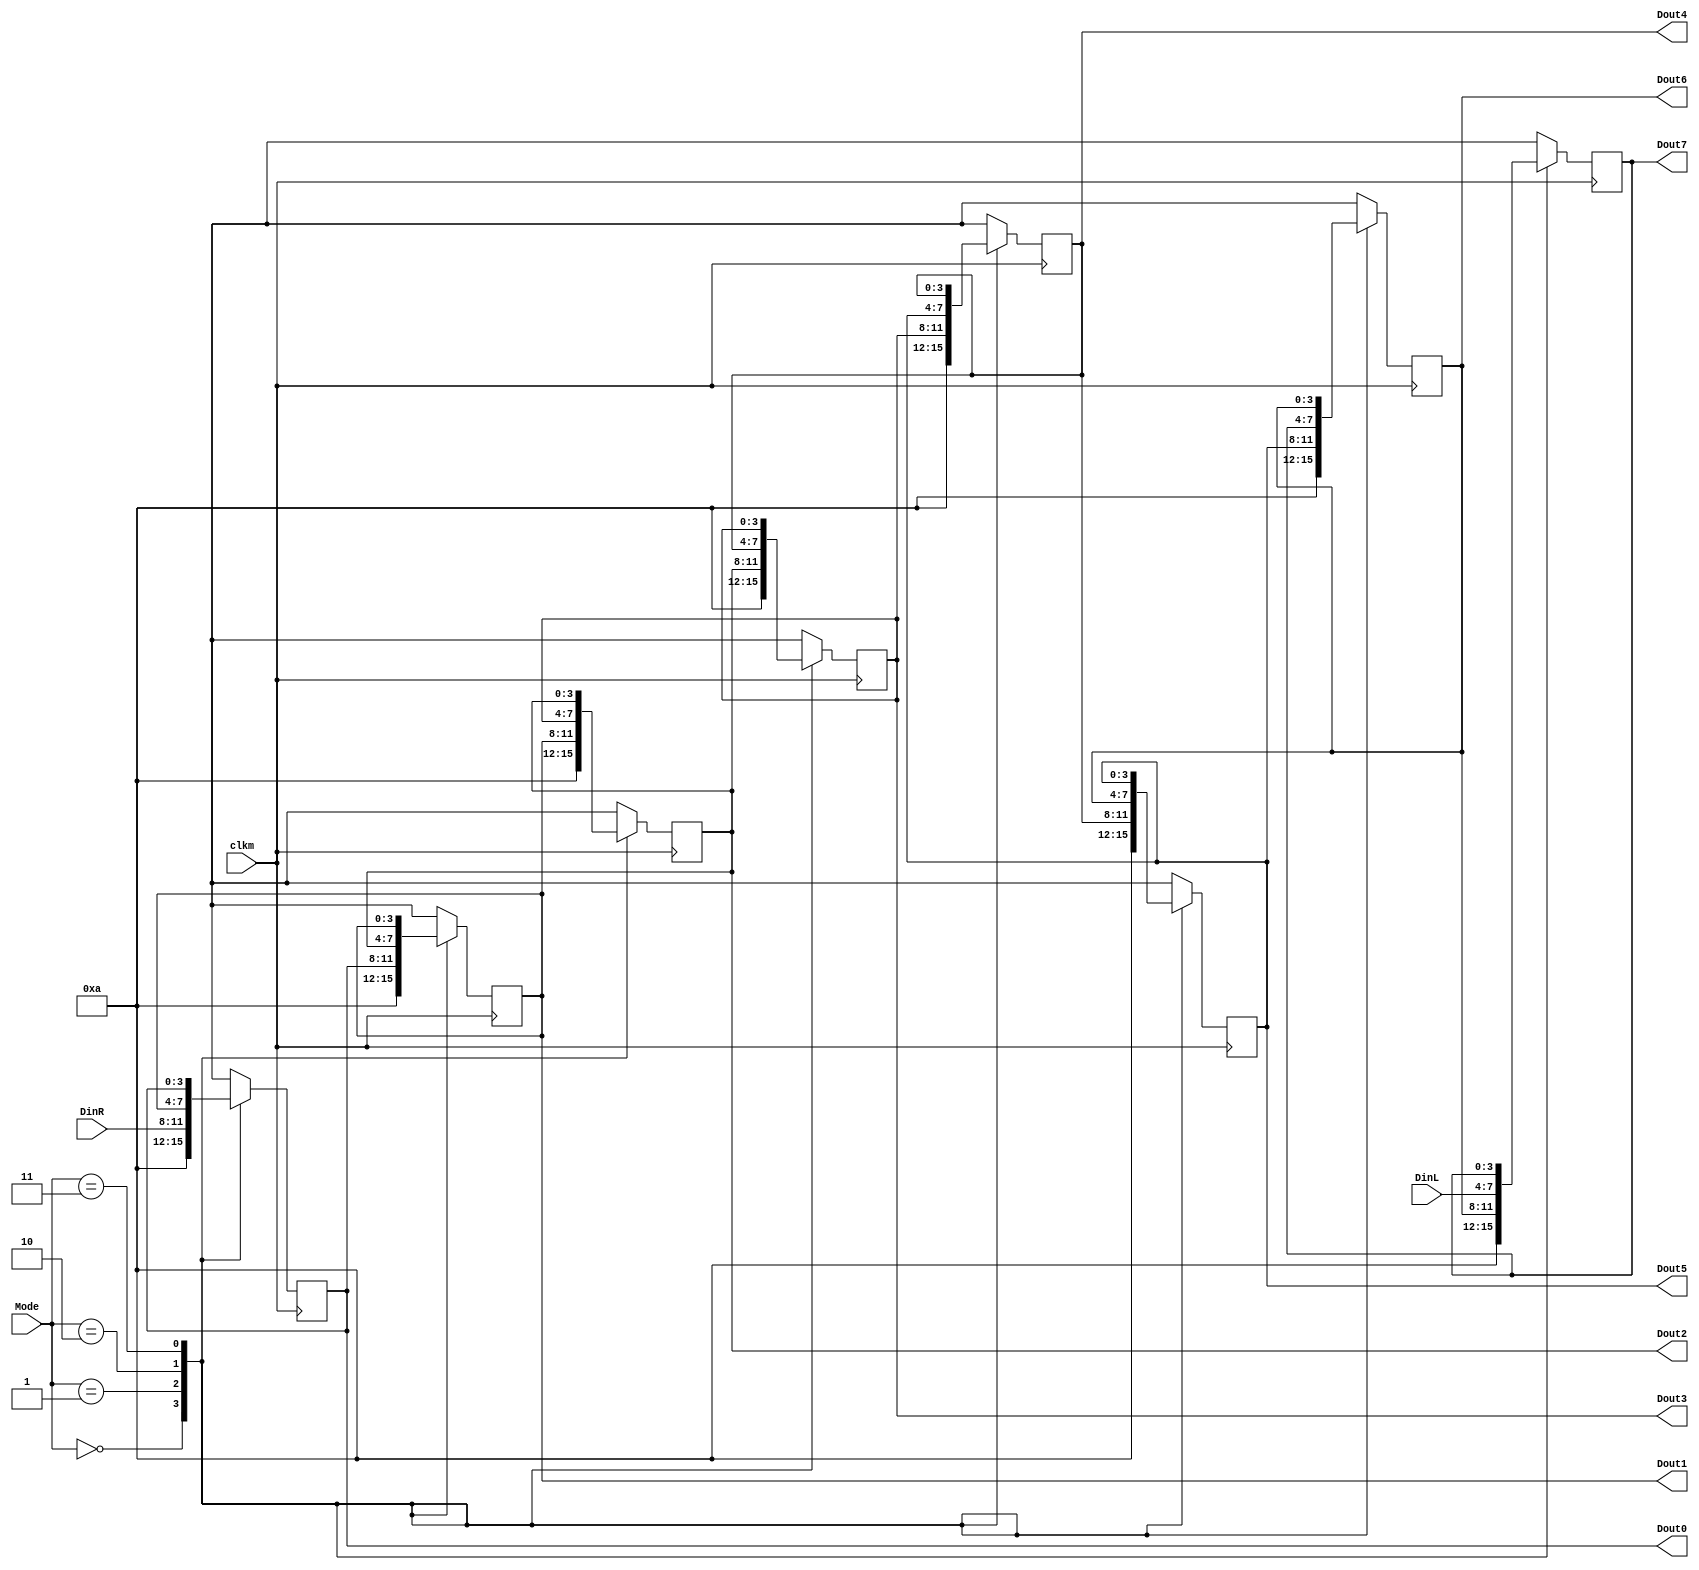
module move_reg(clkm,DinR,DinL,Mode,Dout0,Dout1,Dout2,Dout3,Dout4,Dout5,Dout6,Dout7);
	input clkm;
	input [1:0]Mode;
	input [3:0]DinL,DinR;
	output reg[3:0]Dout0,Dout1,Dout2,Dout3,Dout4,Dout5,Dout6,Dout7;
	always @ (posedge clkm)begin
		case(Mode)
			2'b00:begin
				Dout0 <= 4'd10;
				Dout1 <= 4'd10;
				Dout2 <= 4'd10;
				Dout3 <= 4'd10;
				Dout4 <= 4'd10;
				Dout5 <= 4'd10;
				Dout6 <= 4'd10;
				Dout7 <= 4'd10;
			end
			2'b01:begin
				Dout0 <= DinR;
				Dout1 <= Dout0;
				Dout2 <= Dout1;
				Dout3 <= Dout2;
				Dout4 <= Dout3;
				Dout5 <= Dout4;
				Dout6 <= Dout5;
				Dout7 <= Dout6;
			end
			2'b10:begin
				Dout0 <= Dout1;
				Dout1 <= Dout2;
				Dout2 <= Dout3;
				Dout3 <= Dout4;
				Dout4 <= Dout5;
				Dout5 <= Dout6;
				Dout6 <= Dout7;
				Dout7 <= DinL;
			end
			2'b11:begin
				Dout0 <= Dout0;
				Dout1 <= Dout1;
				Dout2 <= Dout2;
				Dout3 <= Dout3;
				Dout4 <= Dout4;
				Dout5 <= Dout5;
				Dout6 <= Dout6;
				Dout7 <= Dout7;
			end
		endcase
	end
endmodule